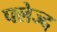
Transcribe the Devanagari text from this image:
फ्लेज्द